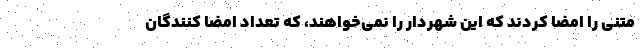
متنی را امضا کردند که این شهردار را نمی‌خواهند، که تعداد امضا کنندگان